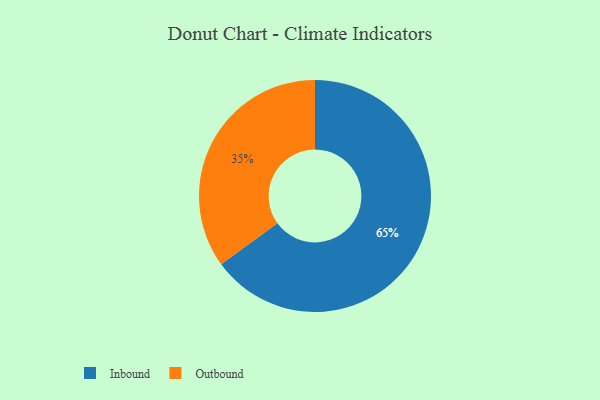
{"axis": {"x": "Category", "y": "Percentage"}, "legend": ["Inbound", "Outbound"], "data": [{"x": "Inbound", "y": 65, "type": "Inbound"}, {"x": "Outbound", "y": 35, "type": "Outbound"}]}